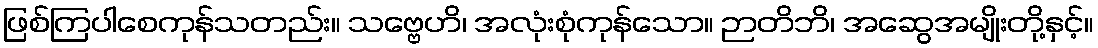
ဖြစ်ကြပါစေကုန်သတည်း။ သဗ္ဗေဟိ၊ အလုံးစုံကုန်သော။ ဉာတိဘိ၊ အဆွေအမျိုးတို့နှင့်။